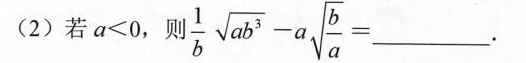
(2)若$$a ≤ 0$$，则$$\frac { 1 } { b } \sqrt { a b ^ { 3 } } - a \sqrt { \frac { b } { a } } =$$___.